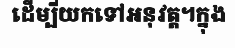
ដើម្បីយកទៅអនុវត្ត។ក្នុង